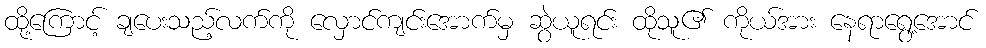
ထို့ကြောင့် ချပေးသည့်လက်ကို လှောင်ကျင်းအောက်မှ ဆွဲယူရင်း ထိုသူ၏ ကိုယ်အား နေရာရွေ့အောင်